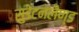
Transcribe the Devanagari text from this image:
सुडेटनलैण्ड